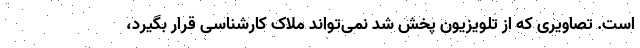
است. تصاویری که از تلویزیون پخش شد نمی‌تواند ملاک کارشناسی قرار بگیرد،